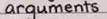
arguments